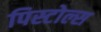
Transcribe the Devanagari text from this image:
पिस्टोल्स